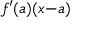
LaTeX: f ^ { \prime } ( a ) ( x { - } a )